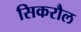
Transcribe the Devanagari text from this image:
सिकरौल